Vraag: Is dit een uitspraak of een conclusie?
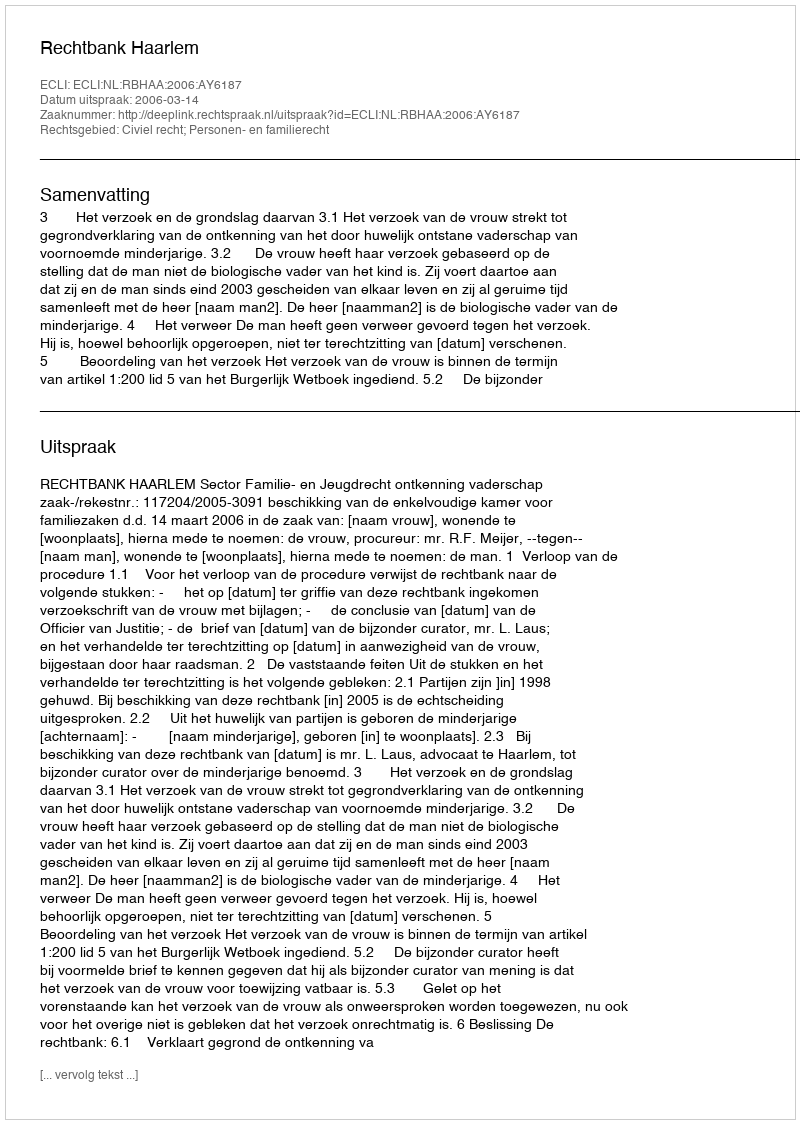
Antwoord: Uitspraak